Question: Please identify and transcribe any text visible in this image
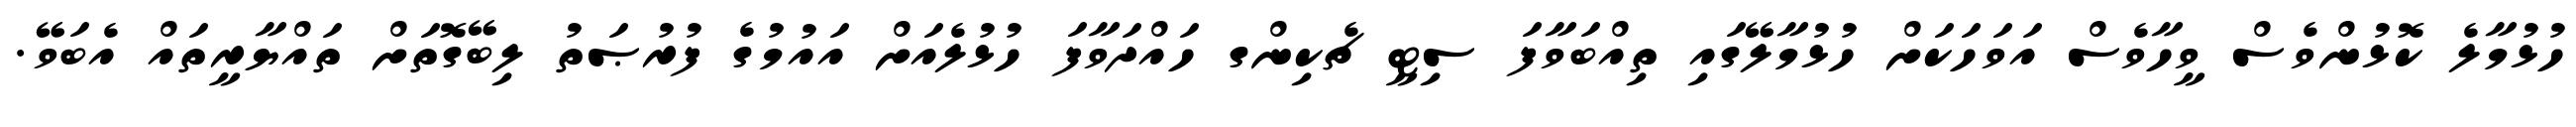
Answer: ހުޅުމާލެ ކޮޅުންވެސް ވީހާވެސް އަވަހަކަށް ހުޅުމާލޭގައި ތިއްބަވާފަ ސިޓީ ޗެކިންގ ހައްދަވާފަ ހުޅުލެއަށް އައުމުގެ ފުރުޞަތު ލިބޭގޮތަށް ތައްޔާރީތައް އެބަވޭ.